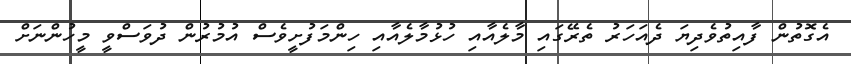
އެގޮތުން ފާއިތުވެދިޔަ ދެއަހަރު ތެރޭގައި މާލެއާއި ހުޅުމާލެއާއި ހިންމަފުށީވެސް އުމުރުން ދުވަސްވީ މީހުންނަށް